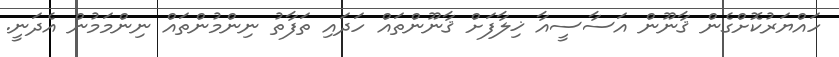
ހައްޔަރުކޮށްގެން ޤާނޫން އަސާސީއާ ޚިލާފަށް ޤާނޫންތައް ހަދައި ތަފާތު ނިންމުންތައް ނިންމަމުން އެދަނީ.